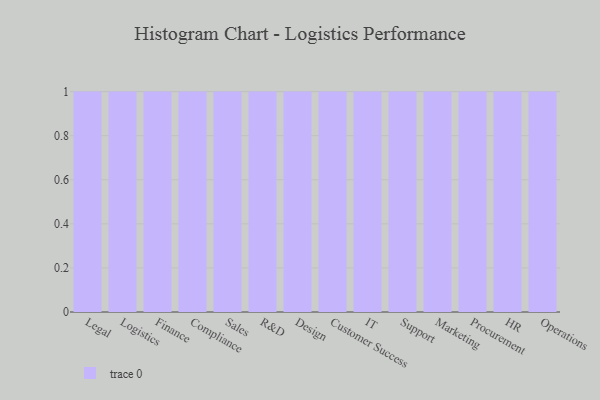
{"axis": {"x": "Department", "y": "Gross Profit (USD K)"}, "legend": [""], "data": [{"x": "Legal", "y": 70, "type": ""}, {"x": "Logistics", "y": 84, "type": ""}, {"x": "Finance", "y": 57, "type": ""}, {"x": "Compliance", "y": 38, "type": ""}, {"x": "Sales", "y": 35, "type": ""}, {"x": "R&D", "y": 62, "type": ""}, {"x": "Design", "y": 53, "type": ""}, {"x": "Customer Success", "y": 21, "type": ""}, {"x": "IT", "y": 23, "type": ""}, {"x": "Support", "y": 37, "type": ""}, {"x": "Marketing", "y": 96, "type": ""}, {"x": "Procurement", "y": 73, "type": ""}, {"x": "HR", "y": 52, "type": ""}, {"x": "Operations", "y": 53, "type": ""}]}